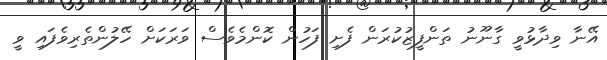
އޭނާ ވިދާޅުވީ ގާނޫނު ތަންފީޒުކުރަން ފެށި ފަހުން ކޮންމެވެސް ވަރަކަށް ހޭލުންތެރިވެފައި ވީ